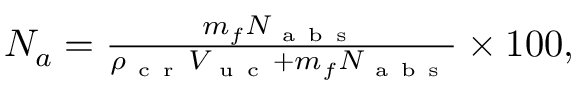
\begin{array} { r } { N _ { a } = \frac { m _ { f } N _ { \mathrm { ~ a ~ b ~ s ~ } } } { \rho _ { \mathrm { ~ c ~ r ~ } } V _ { \mathrm { ~ u ~ c ~ } } + m _ { f } N _ { \mathrm { ~ a ~ b ~ s ~ } } } \times 1 0 0 , } \end{array}